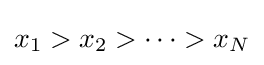
x_{1}>x_{2}>\cdots >x_{N}